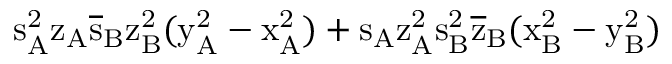
\mathrm { s _ { A } ^ { 2 } \mathrm { z _ { A } \mathrm { \overline { { s } } _ { B } \mathrm { z _ { B } ^ { 2 } ( \mathrm { y _ { A } ^ { 2 } - \mathrm { x _ { A } ^ { 2 } ) + \mathrm { s _ { A } \mathrm { z _ { A } ^ { 2 } \mathrm { s _ { B } ^ { 2 } \mathrm { \overline { { z } } _ { B } ( \mathrm { x _ { B } ^ { 2 } - \mathrm { y _ { B } ^ { 2 } ) } } } } } } } } } } } }